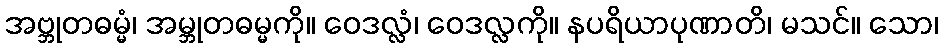
အဗ္ဘုတဓမ္မံ၊ အမ္ဘုတဓမ္မကို။ ဝေဒလ္လံ၊ ဝေဒလ္လကို။ နပရိယာပုဏာတိ၊ မသင်။ သော၊